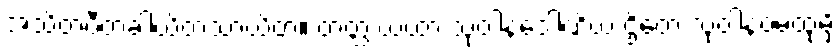
အသိတပီတခါယိတသာယိတံ။ တတ္ထ ယထာ သုဝါနဒေါဏိယံ ဌိတေ သုဝါနဝမထုမှိ